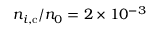
n _ { i , \mathrm { c } } / n _ { 0 } = 2 \times 1 0 ^ { - 3 }